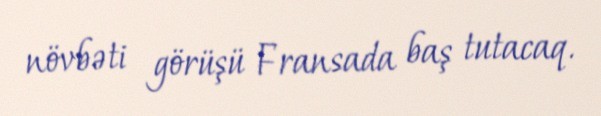
növbəti görüşü Fransada baş tutacaq.